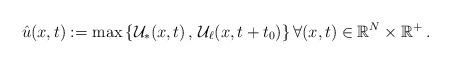
LaTeX: \begin{align*}\hat{u}(x,t) := \max\left\{ \mathcal{U}_\ast(x,t) \, , \, \mathcal{U}_{\ell}(x,t+t_0) \right\} \forall (x,t) \in \mathbb{R}^N \times \mathbb{R}^+ \, .\end{align*}